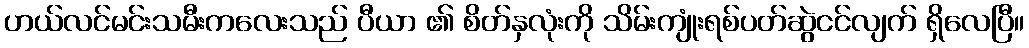
ဟယ်လင်မင်းသမီးကလေးသည် ပီယာ ၏ စိတ်နှလုံးကို သိမ်းကျုံးရစ်ပတ်ဆွဲငင်လျက် ရှိလေပြီ။